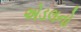
એડલનો